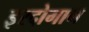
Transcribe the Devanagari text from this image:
इरदोगान